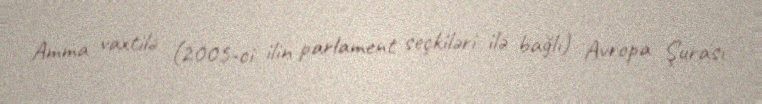
Amma vaxtilə (2005-ci ilin parlament seçkiləri ilə bağlı) Avropa Şurası